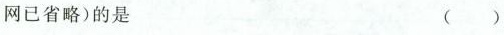
网已省略)的是 ( )